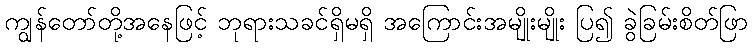
ကျွန်တော်တို့အနေဖြင့် ဘုရားသခင်ရှိမရှိ အကြောင်းအမျိုးမျိုး ပြ၍ ခွဲခြမ်းစိတ်ဖြာ